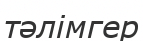
тәлімгер